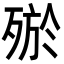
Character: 𣨝